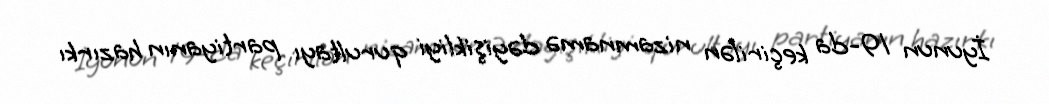
İyunun 19-da keçirilən nizamnamə dəyişikliyi qurultayı partiyanın hazırkı